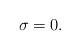
LaTeX: \begin{align*}\sigma=0.\end{align*}